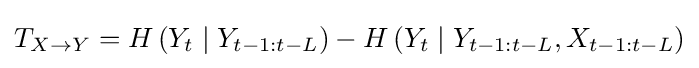
T_{X\rightarrow Y}=H\left(Y_{t}\mid Y_{t-1:t-L}\right)-H\left(Y_{t}\mid Y_{t-1:t-L},X_{t-1:t-L}\right)